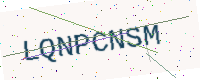
Text: LQNPCNSM